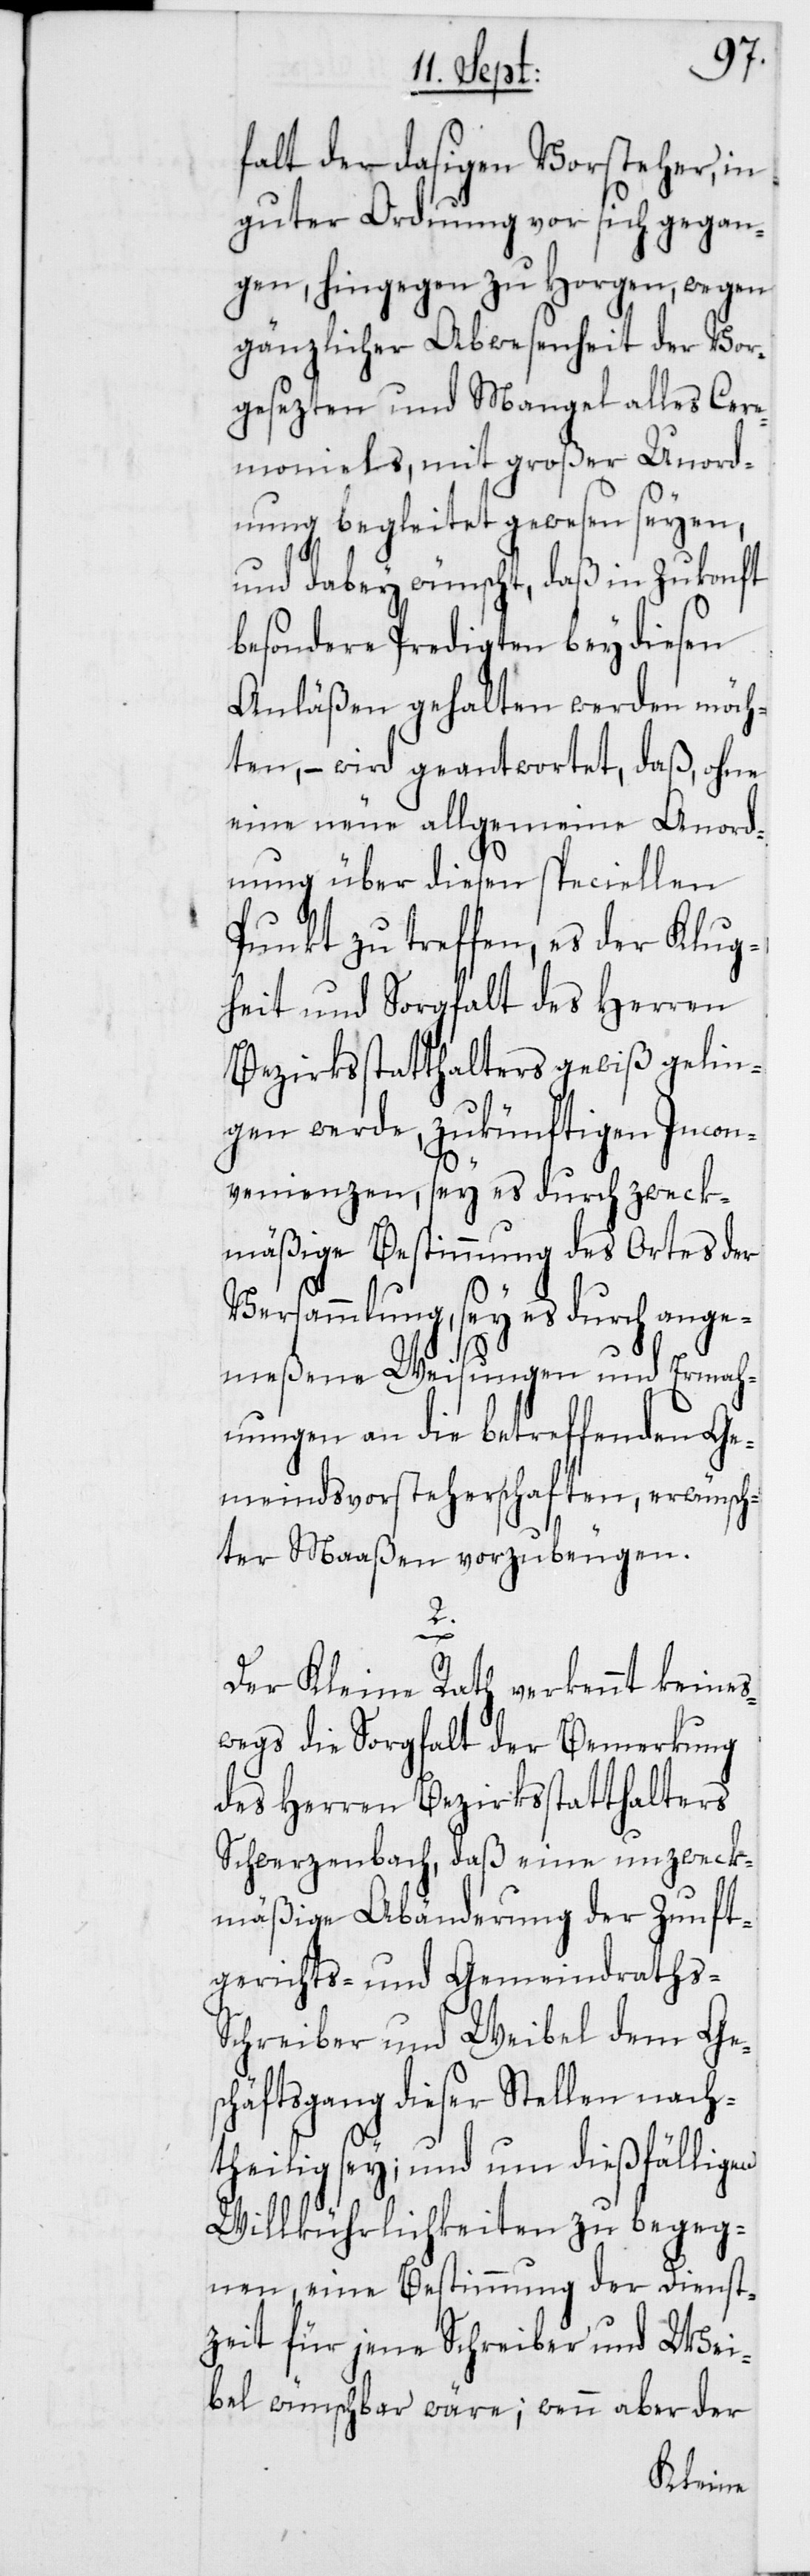
falt der dasigen Vorsteher, in
guter Ordnung vor sich gegan¬
gen, hingegen zu Horgen, wegen
gänzlicher Abwesenheit der Vor¬
gesezten und Mangel alles Cere¬
moniels, mit großer Unord¬
nung begleitet gewesen seyen,
und dabey wünscht, daß in Zukonft
besondere Predigten bey diesen
Anläßen gehalten werden möch¬
ten, – wird geantwortet, daß, ohne
eine neue allgemeine Anord¬
nung über diesen speciellen
Punkt zu treffen, es der Klug¬
heit und Sorgfalt des Herren
Bezirksstatthalters gewiß gelin¬
gen werde, zukünftigen Incon¬
venienzen, sey es durch zweck¬
mäßige Bestimmung des Ortes der
Versammlung, sey es durch ange¬
meßene Weisungen und Ermah¬
nungen an die betreffenden Ge¬
meindsvorsteherschaften, erwünsch¬
ter Maaßen vorzubeugen.
2.
Der Kleine Rath verkennt keines¬
wegs die Sorgfalt der Bemerkung
des Herren Bezirksstatthalters
Schwerzenbach, daß eine unzweck¬
mäßige Abänderung der Zunft¬
gerichts- und Gemeindraths-S¬
chreiber und Weibel dem Ge¬
schäftsgang dieser Stellen nach¬
theilig sey; und um dießfälligen
Willkührlichkeiten zu begeg¬
nen, eine Bestimmung der Dienst¬
zeit für jene Schreiber und Wei¬
bel wünschbar wäre; wenn aber der